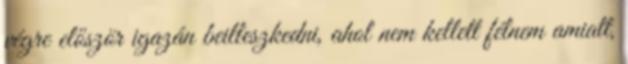
végre először igazán beilleszkedni, ahol nem kellett félnem amiatt,